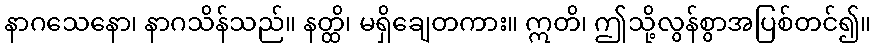
နာဂသေနော၊ နာဂသိန်သည်။ နတ္ထိ၊ မရှိချေတကား။ ဣတိ၊ ဤသို့လွန်စွာအပြစ်တင်၍။